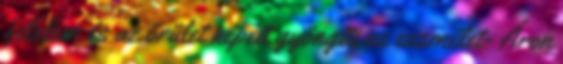
félelem és az őrület képeit gyöngíti az eszmélet- Áron